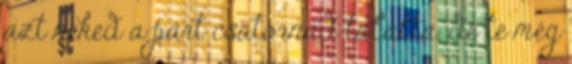
azt neked a párt csatornád tálalta, de te még